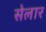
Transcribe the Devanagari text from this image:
सेलार